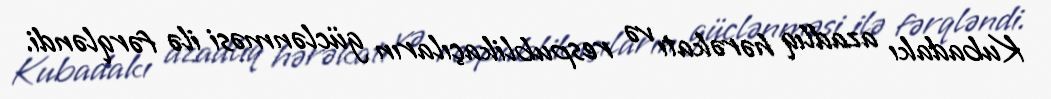
Kubadakı azadlıq hərəkatı və respublikaçıların güclənməsi ilə fərqləndi.